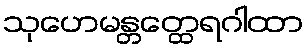
သုဟေမန္တတ္ထေရဂါထာ